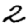
Digit: 2